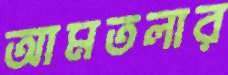
আমতলার